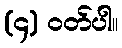
(၄) ဝတ်ပါ။